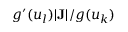
g ^ { \prime } ( u _ { l } ) | { \bf J } | / g ( u _ { k } )